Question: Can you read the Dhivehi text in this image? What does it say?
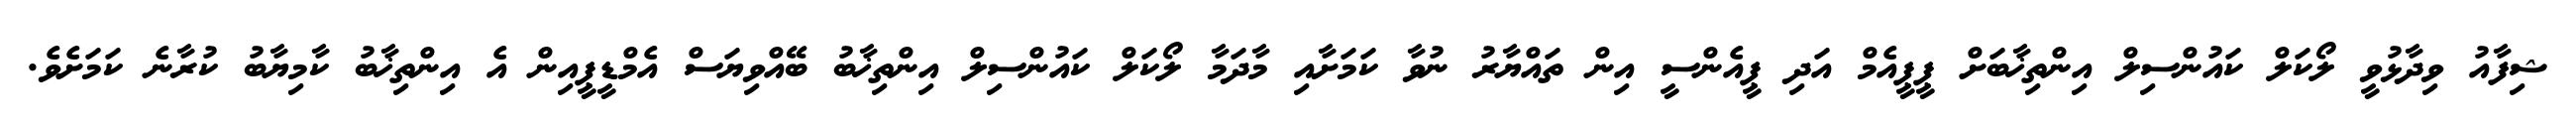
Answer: ޝިފާއު ވިދާޅުވީ ލޯކަލް ކައުންސިލް އިންތިޚާބަށް ޕީޕީއެމް އަދި ޕީއެންސީ އިން ތައްޔާރު ނުވާ ކަމަށާއި މާދަމާ ލޯކަލް ކައުންސިލް އިންތިޚާބު ބޭއްވިޔަސް އެމްޑީޕީއިން އެ އިންތިޚާބު ކާމިޔާބު ކުރާނެ ކަމަށެވެ.